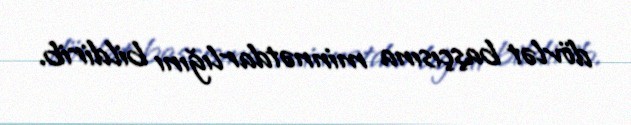
dövlət başçısına minnətdarlığını bildirib.